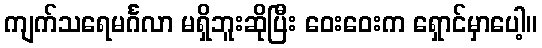
ကျက်သရေမင်္ဂလာ မရှိဘူးဆိုပြီး ဝေးဝေးက ရှောင်မှာပေါ့။